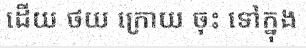
ដើយ ថយ ក្រោយ ចុះ ទៅក្នុង